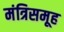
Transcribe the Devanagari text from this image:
मंत्रिसमूह